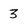
Character: 3